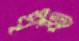
ঘৃষ্ট